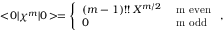
< \! 0 | \chi ^ { m } | 0 \! > = \left\{ \begin{array} { l l } { { ( m - 1 ) ! ! \: X ^ { m / 2 } } } & { { \mathrm { ~ m ~ e v e n } } } \\ { { 0 } } & { { \mathrm { ~ m ~ o d d } } } \end{array} \right. ,